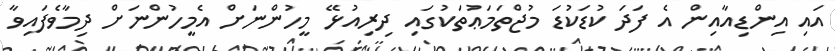
އައި އިންޑިއާއިން އެ ފަދަ ކުޑަކުޑަ މުޖްތަމަޢުތަކުގައި ދިރިއުޅޭ މީހުންނަށް އެމީހުންނަށް ދިމާވެފައިވާ